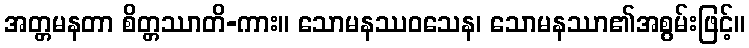
အတ္တမနတာ စိတ္တဿာတိ-ကား။ သောမနဿဝသေန၊ သောမနဿာ၏အစွမ်းဖြင့်။